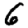
Digit: 6